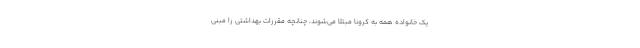
یک خانواده همه به کرونا مبتلا می‌شوند، چنانچه مقررات بهداشتی را مبنی